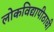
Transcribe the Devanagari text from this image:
लोकविद्यापीठाची